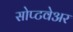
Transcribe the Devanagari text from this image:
सोप्टवेअर